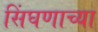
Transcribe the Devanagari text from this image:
सिंघणाच्या